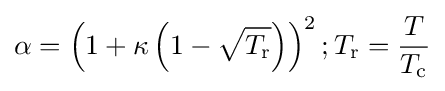
\alpha =\left(1+\kappa \left(1-{\sqrt {T_{\text{r}}}}\right)\right)^{2};T_{\text{r}}={\frac {T}{T_{\text{c}}}}